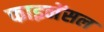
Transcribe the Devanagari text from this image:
फाइनेंसल